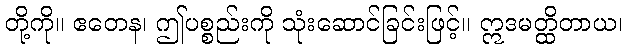
တို့ကို။ ဧတေန၊ ဤပစ္စည်းကို သုံးဆောင်ခြင်းဖြင့်။ ဣဒမတ္ထိတာယ၊